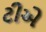
ટીએ